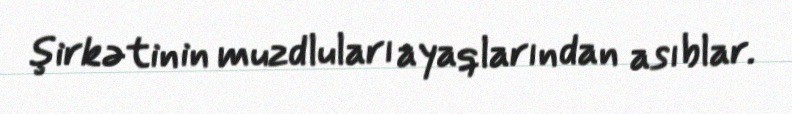
şirkətinin muzdluları ayaqlarından asıblar.